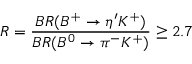
R = { \frac { B R ( B ^ { + } \rightarrow \eta ^ { \prime } K ^ { + } ) } { B R ( B ^ { 0 } \rightarrow \pi ^ { - } K ^ { + } ) } } \geq 2 . 7